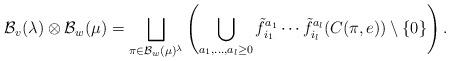
LaTeX: \begin{align*}\mathcal{B}_v(\lambda) \otimes \mathcal{B}_w(\mu) &= \bigsqcup_{\pi \in \mathcal{B}_w(\mu)^\lambda} \left( \bigcup_{a_1, \ldots, a_l \geq 0} \tilde{f}_{i_1}^{a_1} \cdots \tilde{f}_{i_l}^{a_l} ( C(\pi, e) ) \setminus \{ 0 \}\right).\end{align*}